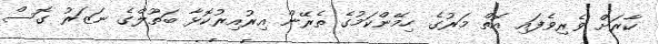
ކާރަށް ވެރިވެފައި އޮތް މަރުގެ ހިމޭންކަމުގެ ތެރޭން އިރުއިރުކޮޅާ ބަތޫލްގެ ނަޒަރު ގޮސް